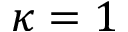
\kappa = 1